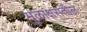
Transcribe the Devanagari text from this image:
मुळाक्षरातील